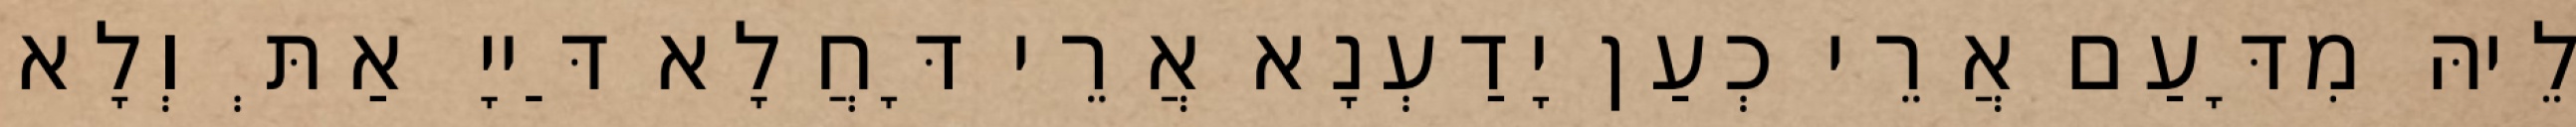
לֵיהּ מִדָּעַם אֲרֵי כְעַן יָדַעְנָא אֲרֵי דָּחֲלָא דַּייָ אַתְּ וְלָא